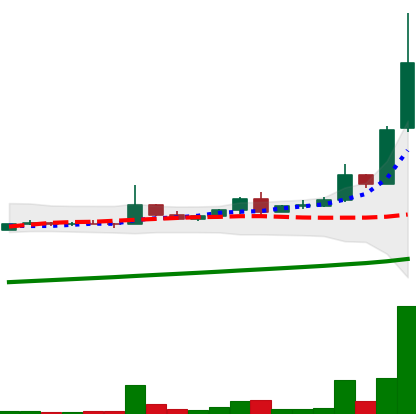
Ticker: DOGE-USD
Chart end date: 2021-04-14
Forward return: 235.194%
Label: up_7plus